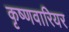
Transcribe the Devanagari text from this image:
कृष्णवारियर